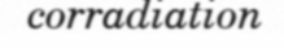
corradiation